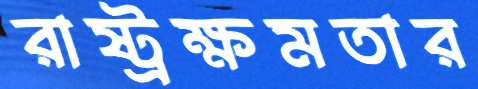
রাষ্ট্রক্ষমতার